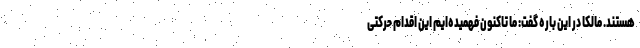
هستند. مالکا در این باره گفت: ما تاکنون فهمیده‌ایم این اقدام حرکتی